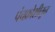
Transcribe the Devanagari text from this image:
पंचक्रोशीतून